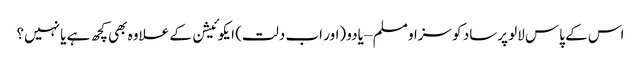
اس کے پاس لالو پرساد کو سزا و مسلم – یادو (اور اب دلت) ایکوئیشن کے علاوہ بھی کچھ ہے یا نہیں؟